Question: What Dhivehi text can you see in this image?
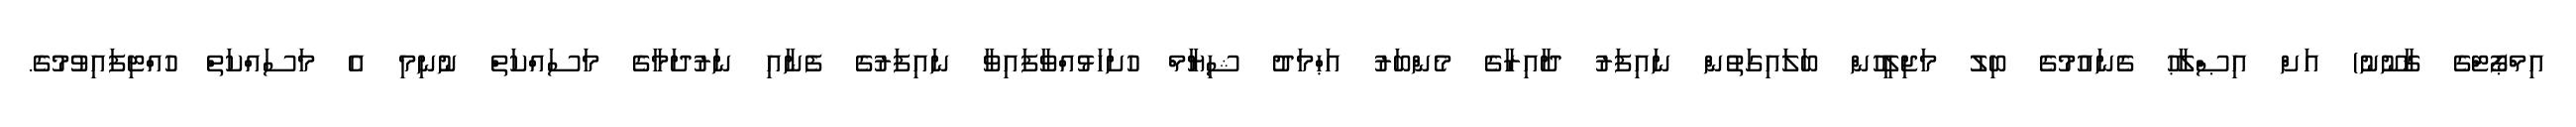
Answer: އިމްޕޯޓްގެ ޤާނޫނު) އަށް އިޞްލާޙު ގެނައުމުގެ ބިލު މަޖިލީހުން ބަލައިގަތުން ނައިފަރު ދާއިރާގެ މެންބަރު އަޙްމަދު ޝިޔާމް ހުށަހަޅުއްވާފައިވާ ނައިފަރުގެ ފެނާއި ނަރުދަމާގެ މަސައްކަތް ނުނިމި އެ މަސައްކަތް ހުއްޓިފައިވުމުގެ.